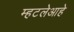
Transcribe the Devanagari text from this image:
म्हटलेआहे